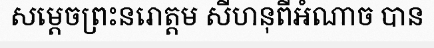
សម្តេចព្រះនរោត្តម សីហនុពីអំណាច បាន